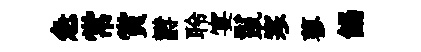
急常賞欝聆宴鬣寒蓼餳